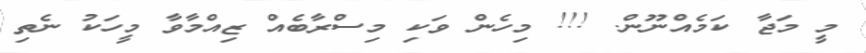
މީ މަޖާ ކަމެއްނޫން. !!! މިހެން ވަކި މިސްރާބެއް ޒިއްމާވާ މީހަކު ނެތި